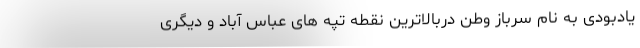
یادبودی به نام سرباز وطن دربالاترین نقطه تپه های عباس آباد و دیگری